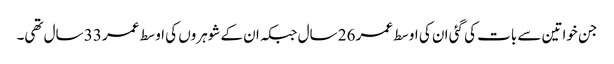
جن خواتین سے بات کی گئی ان کی اوسط عمر 26 سال جبکہ ان کے شوہروں کی اوسط عمر 33 سال تھی۔